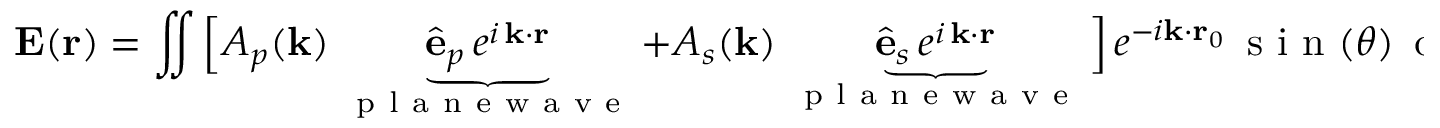
\mathbf { E } ( \mathbf { r } ) = \iint \Big [ A _ { p } ( \mathbf { k } ) \, \underbrace { \hat { \mathbf { e } } _ { p } \, e ^ { i \, \mathbf { k } \cdot \mathbf { r } } } _ { \mathrm { ~ p ~ l ~ a ~ n ~ e ~ w ~ a ~ v ~ e ~ } } + A _ { s } ( \mathbf { k } ) \, \underbrace { \hat { \mathbf { e } } _ { s } \, e ^ { i \, \mathbf { k } \cdot \mathbf { r } } } _ { \mathrm { ~ p ~ l ~ a ~ n ~ e ~ w ~ a ~ v ~ e ~ } } \Big ] \, e ^ { - i \mathbf { k } \cdot \mathbf { r } _ { 0 } } \, \mathrm { ~ s ~ i ~ n ~ } ( \theta ) \, \mathrm { ~ d ~ } \theta \, \mathrm { ~ d ~ } \phi ,